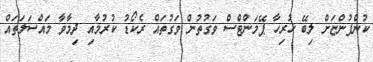
ކުންފުންޏަށް ލިބޭ ހުރިހާ ޕޭމަންޓްސް ވަގުތުން ވަގުތައް ރެކޯޑު ކުރުމާއި ދިމާވާ މައްސަލަތައް